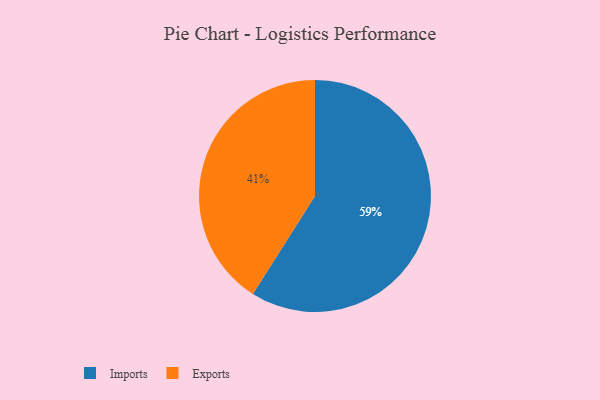
{"axis": {"x": "Category", "y": "Percentage"}, "legend": ["Exports", "Imports"], "data": [{"x": "Imports", "y": 59, "type": "Imports"}, {"x": "Exports", "y": 41, "type": "Exports"}]}